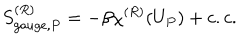
LaTeX: S _ { g a u g e , P } ^ { ( R ) } = - \beta \chi ^ { ( R ) } ( U _ { P } ) + c . c .